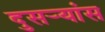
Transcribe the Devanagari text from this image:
दुसर्‍यांस